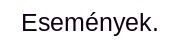
Események.